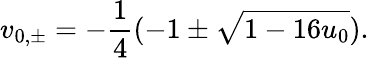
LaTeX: v_{0,\pm}=-\frac{1}{4}(-1\pm\sqrt{1-16u_{0}}).